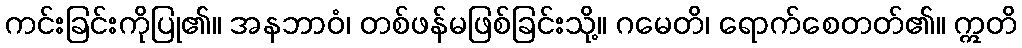
ကင်းခြင်းကိုပြု၏။ အနဘာဝံ၊ တစ်ဖန်မဖြစ်ခြင်းသို့။ ဂမေတိ၊ ရောက်စေတတ်၏။ ဣတိ